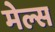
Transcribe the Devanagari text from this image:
मेल्स